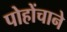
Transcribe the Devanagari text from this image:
पोहोंचाने